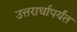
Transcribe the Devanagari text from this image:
उत्तरार्धापर्यंत